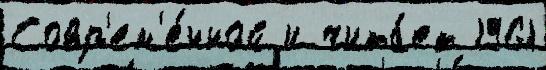
Совр'ем'е́нной и чита́ет 1961